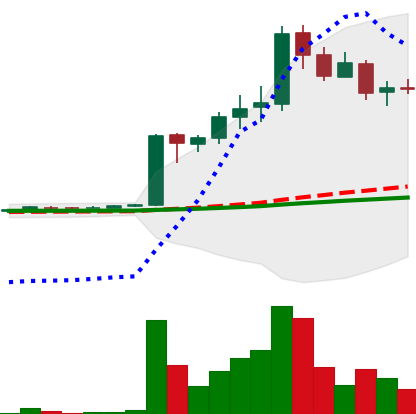
Ticker: LTC-USD
Chart end date: 2017-04-11
Forward return: 21.02%
Label: up_7plus